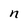
Character: n